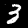
Label: 3